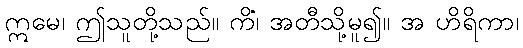
ဣမေ၊ ဤသူတို့သည်။ ကိံ၊ အတီသို့မူ၍။ အ ဟိရိကာ၊